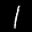
Label: 1